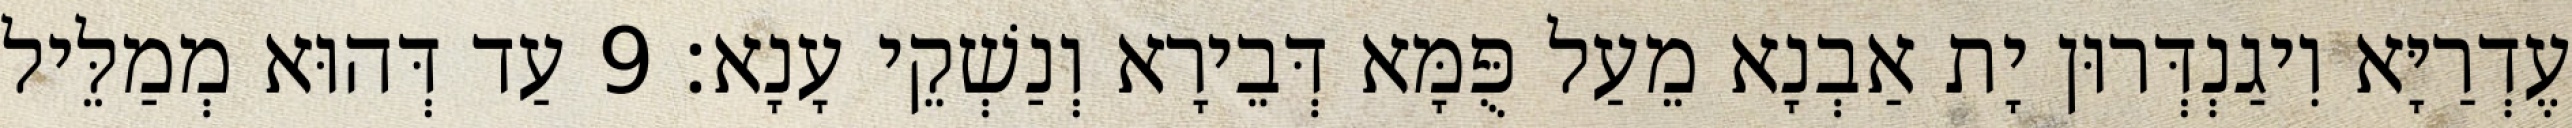
עֶדְרַיָּא וִיגַנְדְּרוּן יָת אַבְנָא מֵעַל פֻּמָּא דְּבֵירָא וְנַשְׁקֵי עָנָא׃ 9 עַד דְּהוּא מְמַלֵּיל